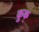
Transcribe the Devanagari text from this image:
कुक्